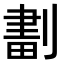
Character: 𠞷